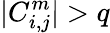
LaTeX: |C_{i,j}^{m}|>q